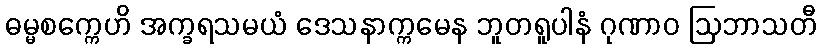
ဓမ္မစက္ကေဟိ အက္ခရသမယံ ဒေသနာက္ကမေန ဘူတရူပါနံ ဂုဏာဝ ဩဘာသတီ